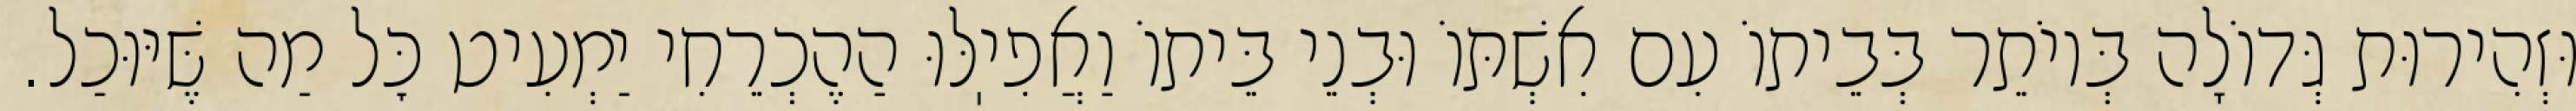
וּזְהִירוּת גְּדוֹלָה בְּיוֹתֵר בְּבֵיתוֹ עִם אִשְׁתּוֹ וּבְנֵי בֵּיתוֹ וַאֲפִיֽלּוּ הַהֶכְרֵחִי יַמְעִיט כׇּל מַה שֶּׁיּוּכַל.